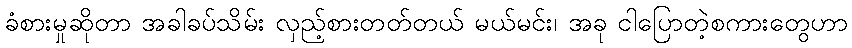
ခံစားမှုဆိုတာ အခါခပ်သိမ်း လှည့်စားတတ်တယ် မယ်မင်း၊ အခု ငါပြောတဲ့စကားတွေဟာ